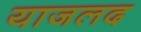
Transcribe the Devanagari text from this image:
याजलद